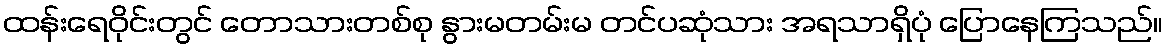
ထန်းရေဝိုင်းတွင် တောသားတစ်စု နွားမတမ်းမ တင်ပဆုံသား အရသာရှိပုံ ပြောနေကြသည်။